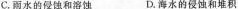
C.雨水的侵蚀和溶蚀 D.海水的侵蚀和堆积